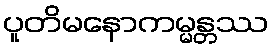
ပူတိမနောကမ္မန္တဿ